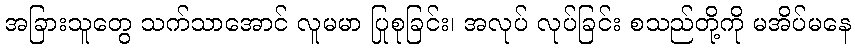
အခြားသူတွေ သက်သာအောင် လူမမာ ပြုစုခြင်း၊ အလုပ် လုပ်ခြင်း စသည်တို့ကို မအိပ်မနေ